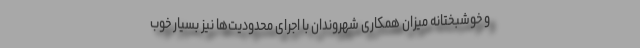
و خوشبختانه میزان همکاری شهروندان با اجرای محدودیت‌ها نیز بسیار خوب